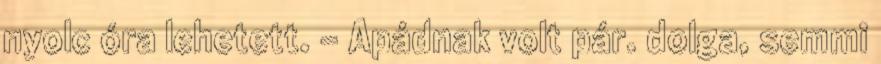
nyolc óra lehetett. - Apádnak volt pár. dolga, semmi